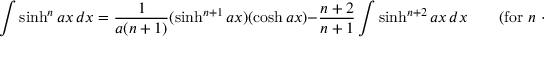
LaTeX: \int \sinh ^ { n } a x \, d x = { \frac { 1 } { a ( n + 1 ) } } ( \sinh ^ { n + 1 } a x ) ( \cosh a x ) - { \frac { n + 2 } { n + 1 } } \int \sinh ^ { n + 2 } a x \, d x \qquad { \mathrm { ( f o r ~ } } n < 0 { \mathrm { , ~ } } n \neq - 1 { \mathrm { ) } }